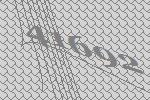
41692